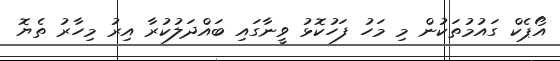
އޯޕެކް ގައުމުތަކުން މި މަހު ފަހުކޮޅު ވީނާގައި ބައްދަލުކުރާ އިރު މިހާރު ތެޔޮ